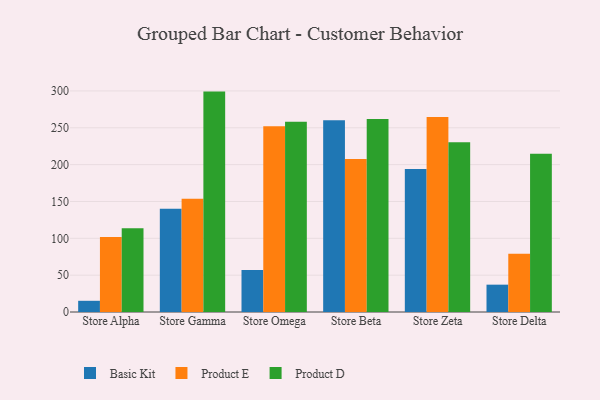
{"axis": {"x": "Store", "y": "Customer Acquisition Cost (USD)"}, "legend": ["Basic Kit", "Product D", "Product E"], "data": [{"x": "Store Alpha", "y": 15.2, "type": "Basic Kit"}, {"x": "Store Alpha", "y": 101.8, "type": "Product E"}, {"x": "Store Alpha", "y": 113.6, "type": "Product D"}, {"x": "Store Gamma", "y": 140.0, "type": "Basic Kit"}, {"x": "Store Gamma", "y": 153.8, "type": "Product E"}, {"x": "Store Gamma", "y": 299.1, "type": "Product D"}, {"x": "Store Omega", "y": 57.1, "type": "Basic Kit"}, {"x": "Store Omega", "y": 252.0, "type": "Product E"}, {"x": "Store Omega", "y": 258.2, "type": "Product D"}, {"x": "Store Beta", "y": 260.2, "type": "Basic Kit"}, {"x": "Store Beta", "y": 207.6, "type": "Product E"}, {"x": "Store Beta", "y": 261.9, "type": "Product D"}, {"x": "Store Zeta", "y": 194.0, "type": "Basic Kit"}, {"x": "Store Zeta", "y": 264.6, "type": "Product E"}, {"x": "Store Zeta", "y": 230.5, "type": "Product D"}, {"x": "Store Delta", "y": 37.1, "type": "Basic Kit"}, {"x": "Store Delta", "y": 79.1, "type": "Product E"}, {"x": "Store Delta", "y": 214.9, "type": "Product D"}]}